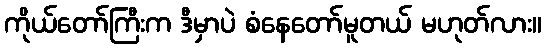
ကိုယ်တော်ကြီးက ဒီမှာပဲ စံနေတော်မူတယ် မဟုတ်လား။